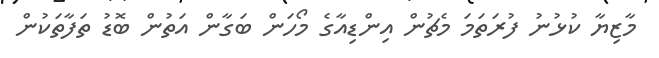
މާޒިޔާ ކުޅުނު ފުރަތަމަ މެޗުން އިންޑިއާގެ މޯހަން ބަގާން އަތުން ބޮޑު ތަފާތަކުން